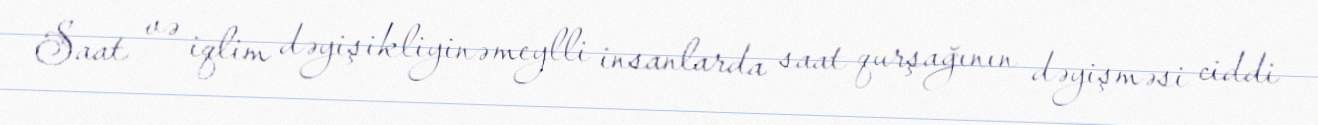
Saat və iqlim dəyişikliyinə meylli insanlarda saat qurşağının dəyişməsi ciddi